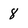
Character: 8